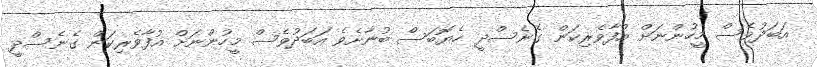
އަބަދުވެސް މީހުންނަށް އުފާވެރިކަން ގެނެސްދީ ހެޔޮބަސް ބުނާށެވެ އަބަދުވެސް މީހުންނަށް އުފާވެރިކަން ގެނެސްދީ